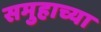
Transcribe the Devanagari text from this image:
समुहाच्या